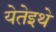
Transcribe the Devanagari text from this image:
येतेइथे